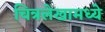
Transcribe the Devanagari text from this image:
चित्रलेखामध्ये